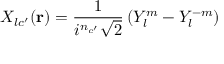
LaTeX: X _ { l c ^ { \prime } } ( \mathbf { r } ) = { \frac { 1 } { i ^ { n _ { c ^ { \prime } } } { \sqrt { 2 } } } } \left( Y _ { l } ^ { m } - Y _ { l } ^ { - m } \right)